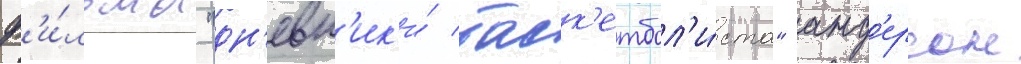
ф'и́льма "дн'евн'ик'и́ баск'етбол'и́ста" анд'ерсон